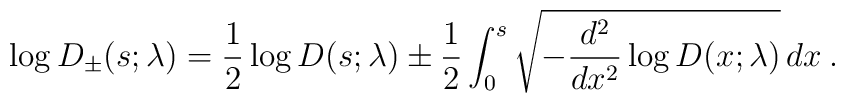
\log D_\pm(s;\lambda)={1\over 2}\log D(s;\lambda) \pm {1\over 2}\int_0^s \sqrt{-{d^2\over dx^2}\log D(x;\lambda)}\, dx\> .